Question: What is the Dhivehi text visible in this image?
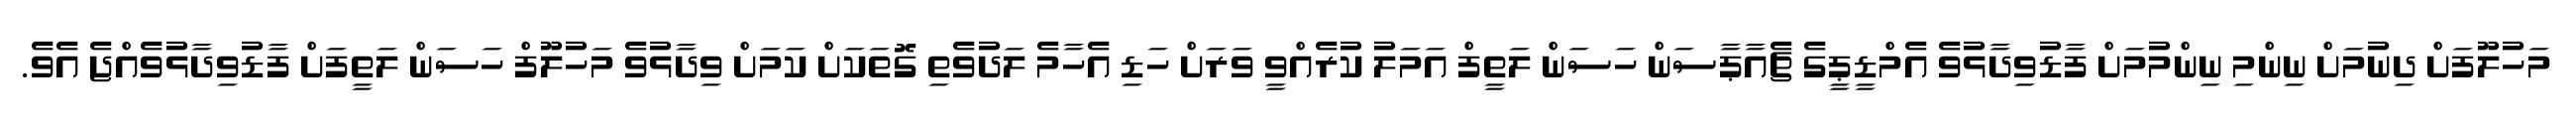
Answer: މަހުލޫފަށް ދިނުމަށް ނިންމި ނިންމުމަށް ފާޑުވިދާޅުވެ އެމްޑީޕީގެ ޗެއާޕާސަން ހަސަން ލަތީފް އަމަލު ކުރެއްވީ ވަރަށް ހަޑި އެހާމެ ލަދުވެތި ގޮތަކަށް ކަމަށް ވިދާޅުވެ މަހުލޫފް ހަސަން ލަތީފަށް ފާޑުވިދާޅުވެއްޖެ އެވެ.